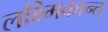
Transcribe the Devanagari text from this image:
लक्ष्मिकान्त्